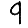
Digit: 9